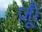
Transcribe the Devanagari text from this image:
जूँ।